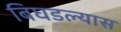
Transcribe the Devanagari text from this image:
बिघडल्यास